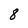
Character: 8